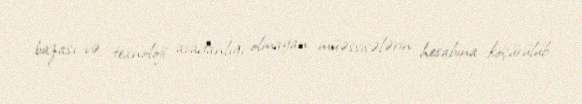
bazası və texnoloji avadanlığı olmayan müəssisələrin hesabına köçürülüb.